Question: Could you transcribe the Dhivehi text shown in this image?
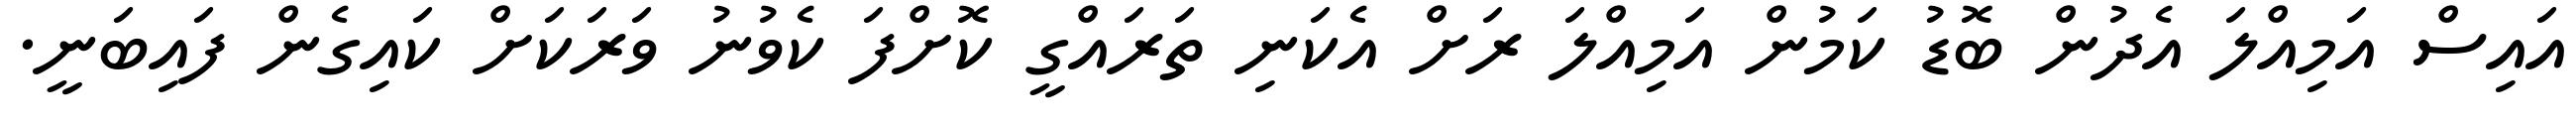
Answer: އައިސް އަމިއްލަ އެދުން ބޮޑު ކަމުން އަމިއްލަ ރަށް އެކަނި ތަރައްގީ ކޮށްފަ ކެވުނު ވަރަކަށް ކައިގެން ފައިބަނީ.